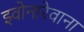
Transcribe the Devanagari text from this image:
झ्वोनारेवाना